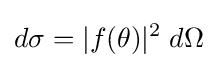
d\sigma =|f(\theta )|^{2}\;d\Omega